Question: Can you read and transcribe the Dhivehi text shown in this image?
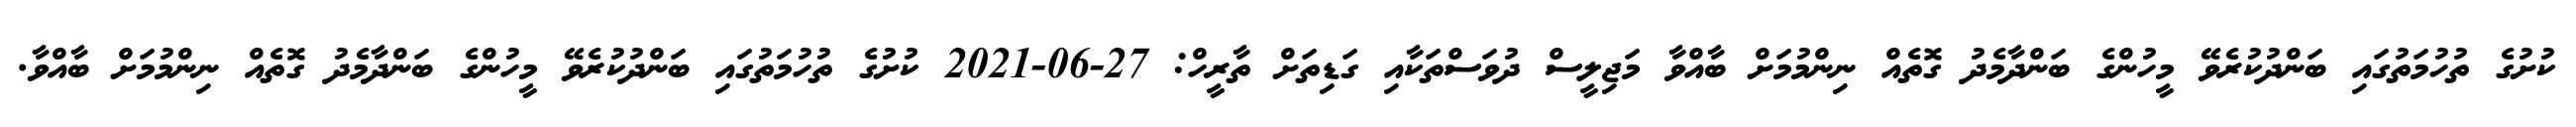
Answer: ކުށުގެ ތުހުމަތުގައި ބަންދުކުރެވޭ މީހުންގެ ބަންދާމެދު ގޮތެއް ނިންމުމަށް ބާއްވާ މަޖިލީސް ދުވަސްތަކާއި ގަޑިތަށް ތާރީހް: 27-06-2021 ކުށުގެ ތުހުމަތުގައި ބަންދުކުރެވޭ މީހުންގެ ބަންދާމެދު ގޮތެއް ނިންމުމަށް ބާއްވާ.